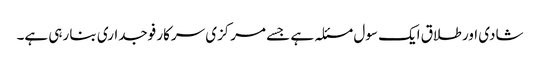
شادی اور طلاق ایک سول مسئلہ ہے جسے مرکزی سرکار فوجداری بنا رہی ہے۔